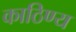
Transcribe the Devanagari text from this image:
काठिण्य